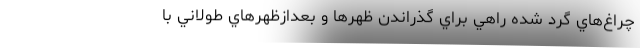
چرا‌غ‌هاي گرد شده راهي براي گذراندن ظهرها و بعدازظهرهاي طولاني با